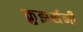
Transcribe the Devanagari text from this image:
क्रुझर्सनी